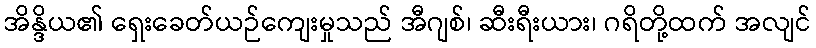
အိန္ဒိယ၏ ရှေးခေတ်ယဉ်ကျေးမှုသည် အီဂျစ်၊ ဆီးရီးယား၊ ဂရိတို့ထက် အလျင်